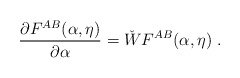
\begin{align*}\frac{\partial F^{AB}(\alpha,\eta)}{\partial \alpha}=\check{W}F^{AB}(\alpha,\eta)\;.\end{align*}